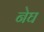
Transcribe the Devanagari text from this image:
नेघ